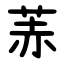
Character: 䓇